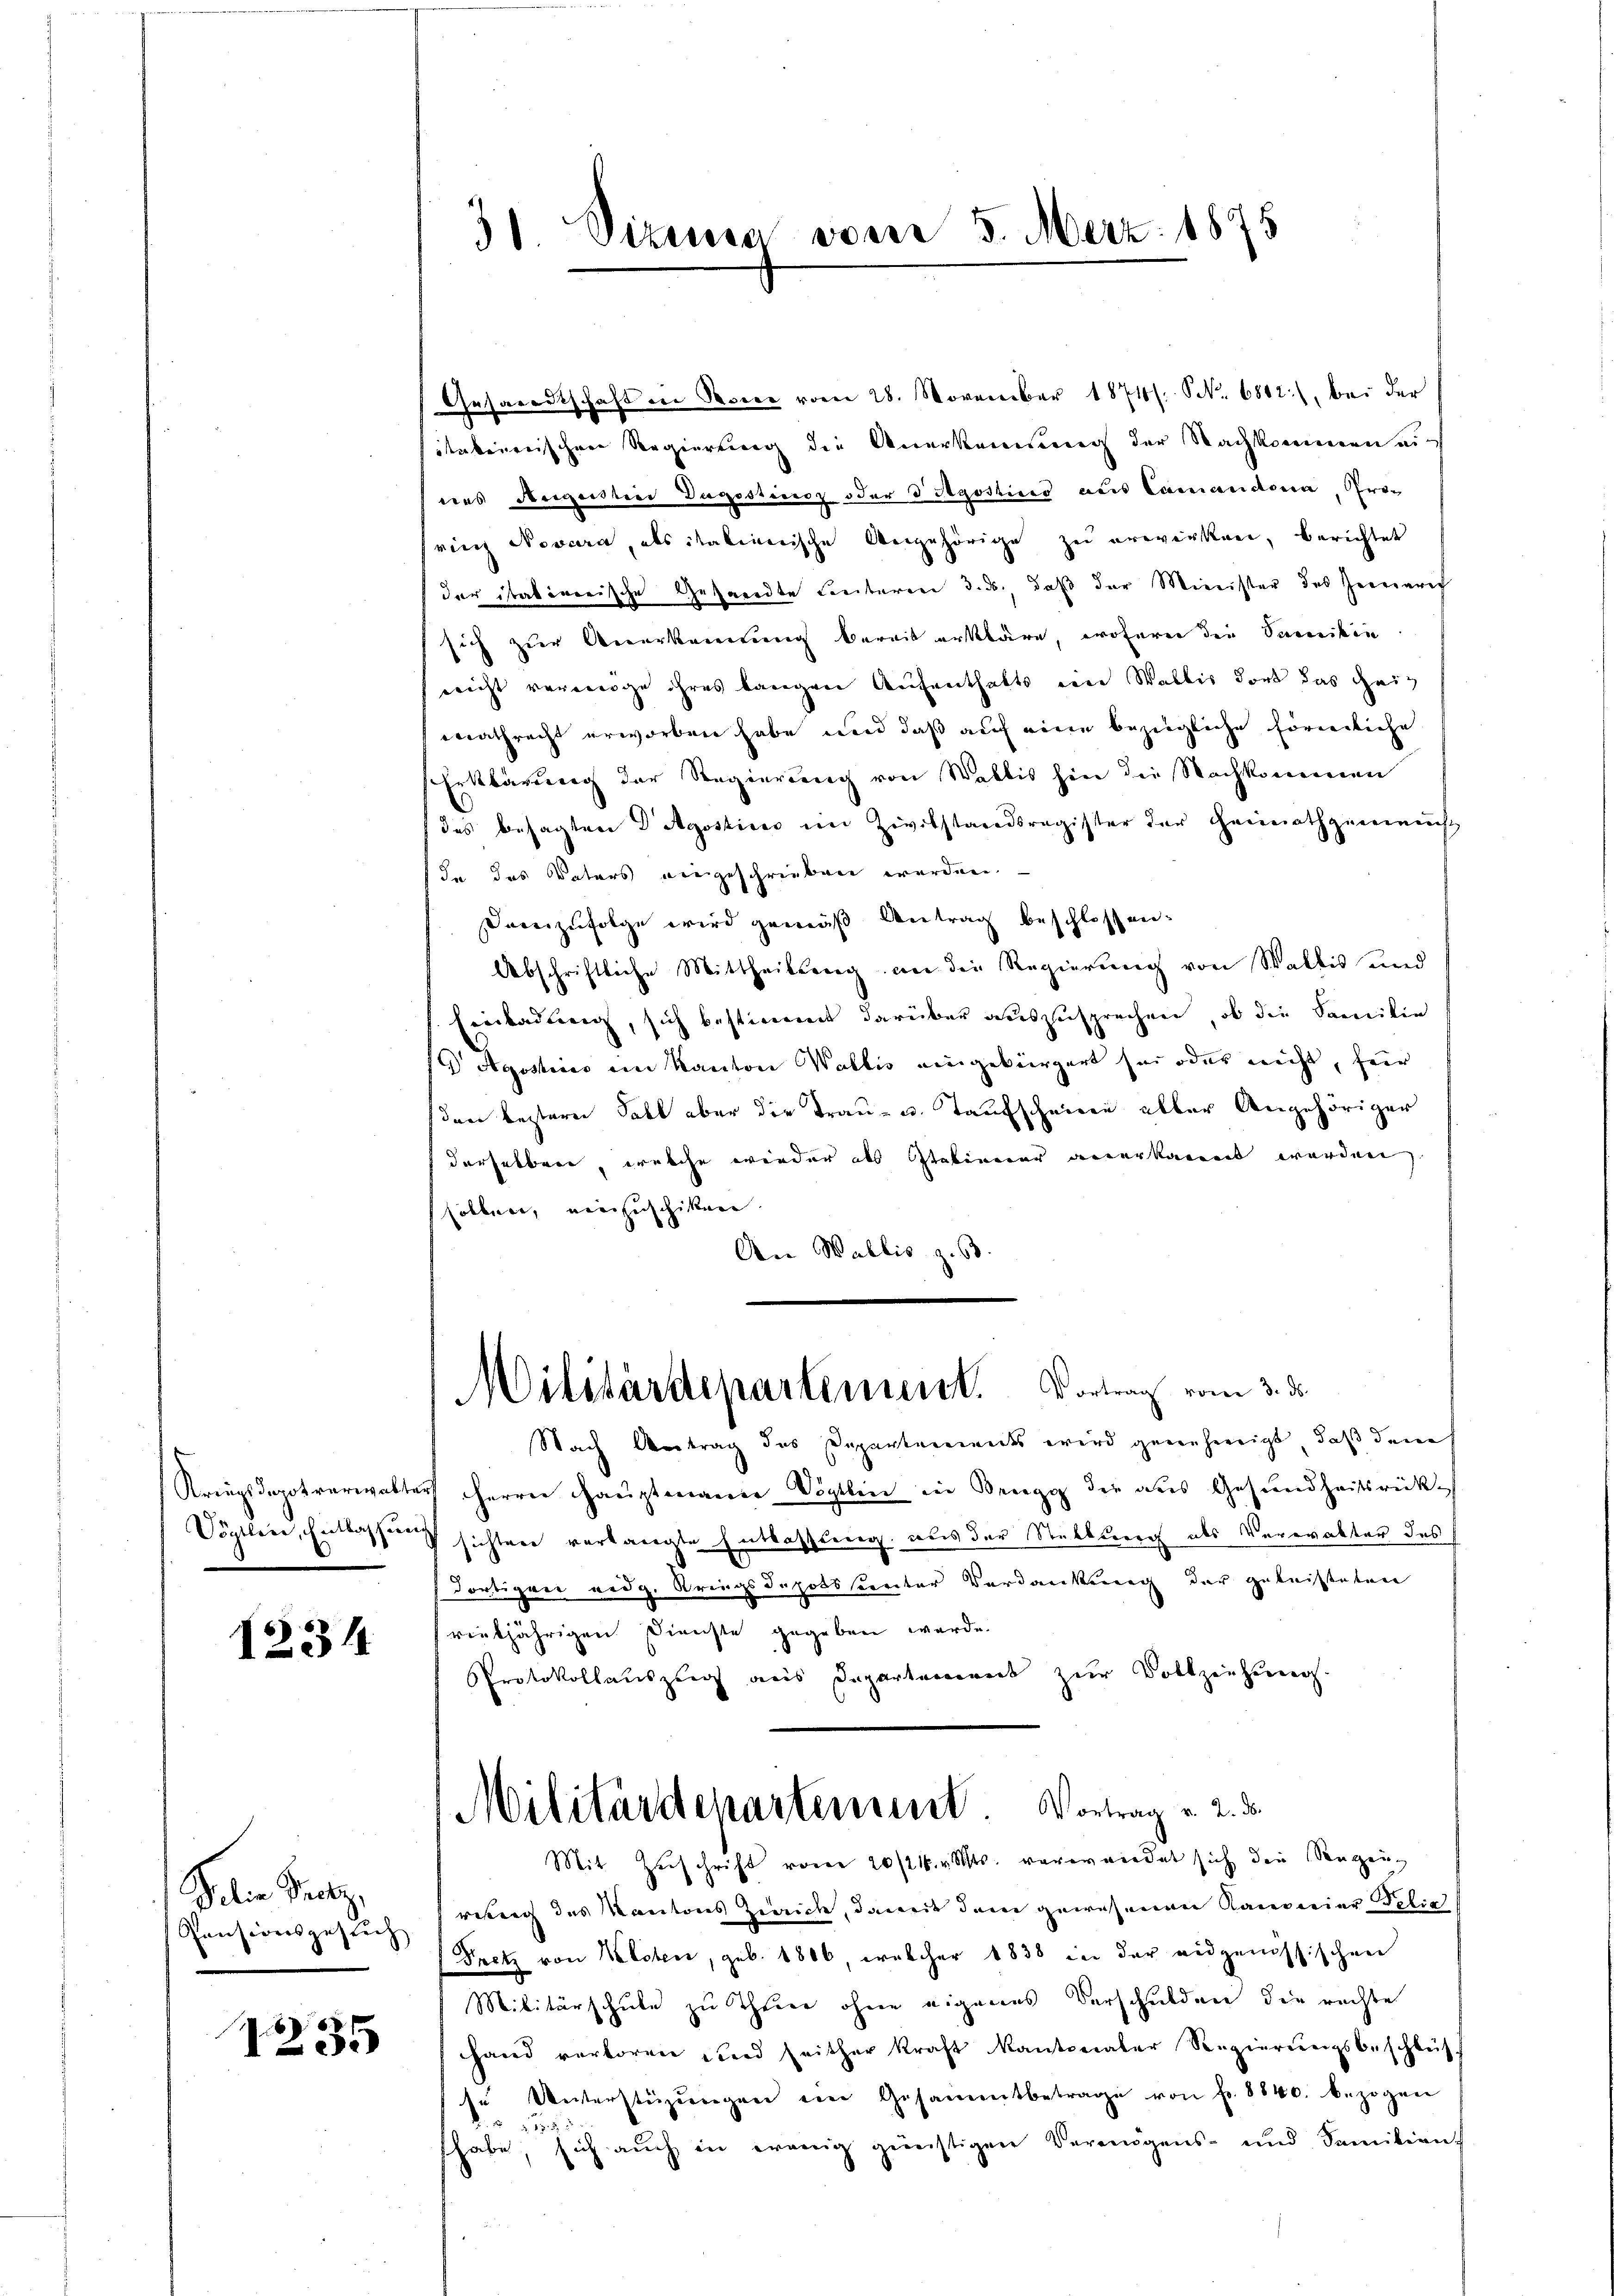
1231

Jelia Pretz,
Pensionsgesuch

1235

Gesandtschaft in Serie vom 28. November 1874. S. 6812), bei der
itakinerischen Regierung die Anerkennung der Nachkommen auf
deus Begeistier Tagestinoz oder d Rgostins aus Camandern, Proring Novera, als italienische Angehörige zu erwirken, berichtet
der itativerische Gesandte Freiteren d. Js., daß der Minister des Herrenric
sich zur Anerkennung bereit erkläre, woferen die Sacrikin
(nicht vermöge ihres langen Aufenthalts ein Wallis dort das Heiwathrecht erworben habe und daß auf eine bezügliche förmliche
Erklärung der Regierung von Wallis hin die Nachkommen
das besagten D Agostices im Zivilstandsregister der Heimathgemeinst
In des Vaters eingeschrieben werden
dareizufolge wird gemäß Antrag beschlossen.
Abschriftliche Mittheilsang an die Regierung von Wallis und
Einladung, sich bestimmt darüber auszusprechen, ob die Familie
Agostices ein Kanton Wallis eingebürgert sei oder nicht, für
(den bestern Fall aber die Trau- u. Taufscheine aller Angehöriger
derselber, welche wieder als Stativerer anerkament worden.
sollen, einzuschiken
An Wallis z. B.
Militärdepartement. Vortrag vom 3. d.
Nach Antrag des Departements wird genähereigt, daß den
Kriegsdepotverwalter Herrn Hauptmann Vögtlin in Brugg die aus Gesundheitsrück¬
Döptleid, Entlassung sichten verlangte Entlassung aus der Stellung als Verwalter des
dortigen eidg. Kriegsdepotssierter Verdankung der geleisteten
reubjährigen Dienste gegeben werde.
Protokollauszeich aus Departenweit zur Vollziehung
Militärdepartement. Vortrag v. 2. ds.
Mit Zuschrift von 20/21. v. Mts. vorwandet sich den angen,
weng des Kantons Zürich, damit dem gewesenen Kaiserier Polic
Pretz von Kloten, geb. 1806, welcher 1838 in der eidgenössischen
Militärschule zu Theer ohne eigenes Verschulden die rechte
Hand verboren und seither kraft kantonaler Regierŭngsbeschlüs
se Unterstüzŭngen ein Gesammtbetrage von fr. 8840. bezogen
 57. 53
shabe, sich auch in wenig günstigen Vermögens- und Familien

38. Vizessa vom 5. Merz 1875